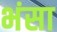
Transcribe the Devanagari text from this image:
भंसा